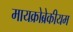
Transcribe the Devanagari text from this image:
मायक्रोब्रेकीयम